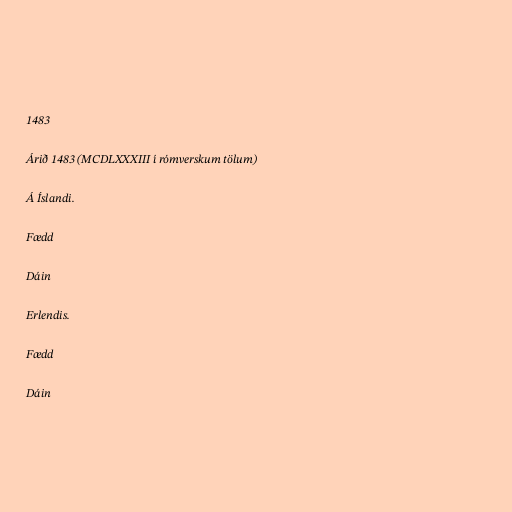
1483

Árið 1483 (MCDLXXXIII í rómverskum tölum)

Á Íslandi.

Fædd

Dáin

Erlendis.

Fædd

Dáin